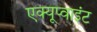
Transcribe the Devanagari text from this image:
एक्यूप्वाइंट